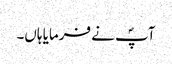
آپؐ نے فرمایا ہاں۔